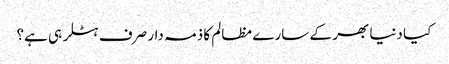
کیا دنیا بھر کے سارے مظالم کا ذمہ دار صرف ہٹلر ہی ہے؟